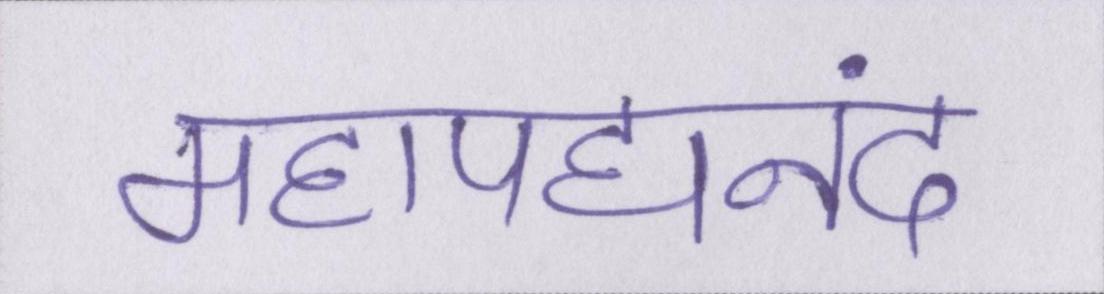
महापद्यनंद